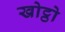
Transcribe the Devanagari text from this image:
खोट्ठो